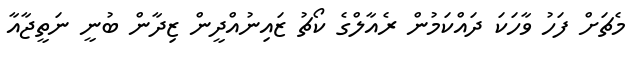
މެޗަށް ފަހު ވާހަކަ ދައްކަމުން ރެއާލްގެ ކޯޗު ޒައިނުއްދީން ޒިދާން ބުނީ ނަތީޖާއާ